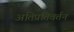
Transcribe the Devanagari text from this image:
अतिप्रतिवर्तन